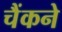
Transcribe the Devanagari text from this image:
चैंकने